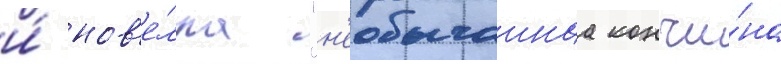
и́ нов'е́лла "н'еобычаинаа кончи́на